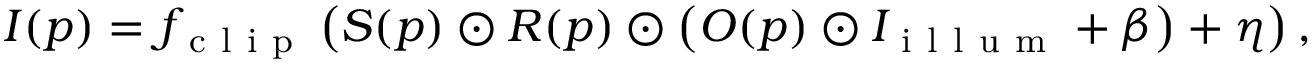
I ( p ) = f _ { \mathrm { ~ c ~ l ~ i ~ p ~ } } \left( S ( p ) \odot R ( p ) \odot \left( O ( p ) \odot I _ { \mathrm { ~ i ~ l ~ l ~ u ~ m ~ } } + \beta \right) + \eta \right) ,